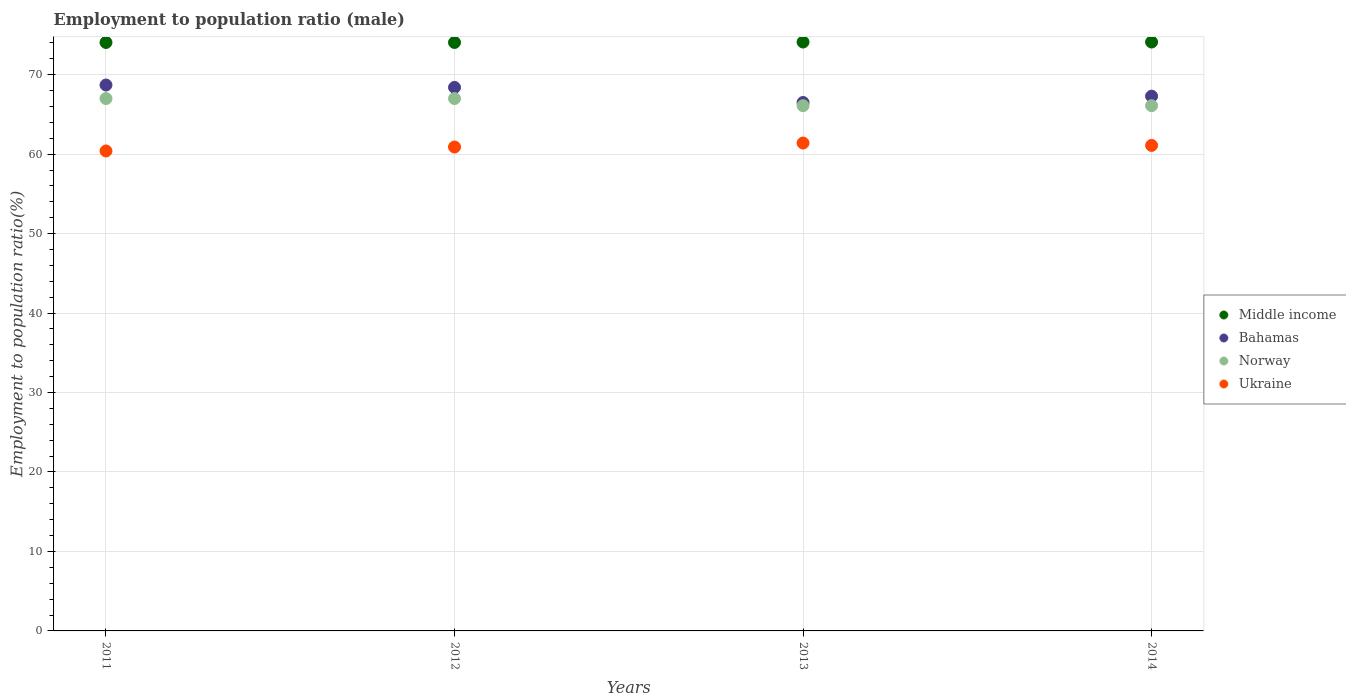
| Years | Middle income | Bahamas | Norway | Ukraine |
 | --- | --- | --- | --- | --- |
 | 2011 | 74.1 | 68.7 | 67 | 60.4 |
 | 2012 | 74.1 | 68.4 | 67 | 60.9 |
 | 2013 | 74.1 | 66.5 | 66.1 | 61.4 |
 | 2014 | 74.1 | 67.3 | 66.1 | 61.1 |